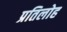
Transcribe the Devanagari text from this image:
प्रतिलोह